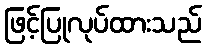
ဖြင့်ပြုလုပ်ထားသည်